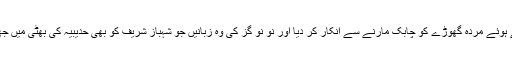
فاضل عدالت نے درخواست مسترد کرتے ہوئے مردہ گھوڑے کو چابک مارنے سے انکار کر دیا اور نو نو گز کی وہ زبانیں جو شہباز شریف کو بھی حدیبیہ کی بھٹی میں جھونکنے پر مصر تھیں، انہیں تالا لگ گیا۔